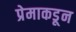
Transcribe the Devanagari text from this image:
प्रेमाकडून